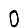
Digit: 0